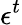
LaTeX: \epsilon^{t}